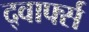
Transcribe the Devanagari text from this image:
द्वार्फ्स